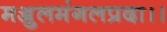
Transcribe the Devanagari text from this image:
मञ्जुलमंगलप्रदा।।